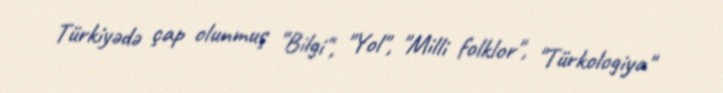
Türkiyədə çap olunmuş "Bilgi", "Yol", "Milli folklor", "Türkologiya"